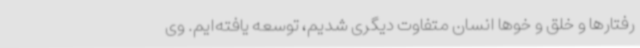
رفتارها و خلق‌ و خوها انسان متفاوت دیگری شدیم، توسعه یافته‌ایم. وی